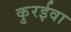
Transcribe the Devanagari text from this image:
कुरईवा